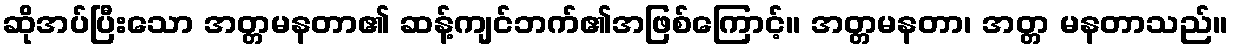
ဆိုအပ်ပြီးသော အတ္တမနတာ၏ ဆန့်ကျင်ဘက်၏အဖြစ်ကြောင့်။ အတ္တမနတာ၊ အတ္တ မနတာသည်။